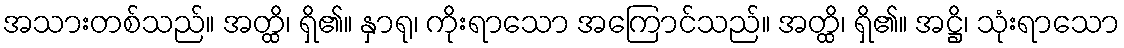
အသားတစ်သည်။ အတ္ထိ၊ ရှိ၏။ နှာရု၊ ကိုးရာသော အကြောင်သည်။ အတ္ထိ၊ ရှိ၏။ အဋ္ဌိ၊ သုံးရာသော